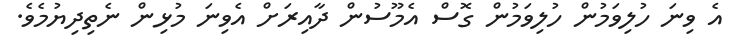
އެ ވިނަ ހުލިވަމުން ހުލިވަމުން ގޮސް އެމޫސުން ދާއިރަށް އެވިނަ މުޅިން ނެތިދިޔުމެވެ.